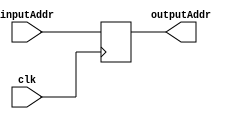
`timescale 1ns / 1ps
//////////////////////////////////////////////////////////////////////////////////
// Company: 
// Engineer: 
// 
// Design Name: 
// Module Name: programCounter
// Project Name: 
// Target Devices: 
// Tool Versions: 
// Description: 
// 
// Dependencies: 
// 
// Revision:
// Revision 0.01 - File Created
// Additional Comments:
// 
//////////////////////////////////////////////////////////////////////////////////


module programCounter(clk,inputAddr, outputAddr);
input clk;
input [15:0] inputAddr;
output reg [15:0] outputAddr;

//initialize PC to 0
initial begin
outputAddr = 0;
end

//assign the input address(PCsrc MUX)
//as the new PC value
always @(posedge clk)
    outputAddr <= inputAddr;
endmodule